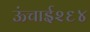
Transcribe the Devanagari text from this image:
ऊंचाई२६४